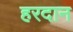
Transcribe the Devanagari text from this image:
हरदान